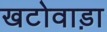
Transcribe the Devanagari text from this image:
खटोवाड़ा